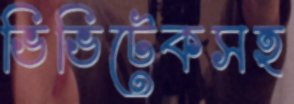
ভিভিটেকসহ